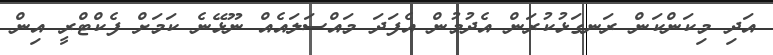
އަދި މިކަންކަން ރަނގަޅުކުރަން އެދުމުން އެފަދަ މައްސަލައެއް ނޫޅޭނެ ކަމަށް ފެކްޓްރީ އިން